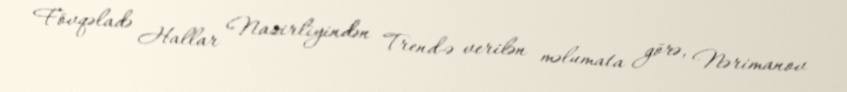
Fövqəladə Hallar Nazirliyindən Trend-ə verilən məlumata görə, Nərimanov